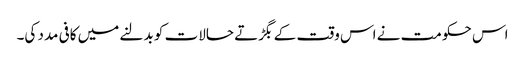
اس حکومت نے اس وقت کے بگڑتے حالات کو بدلنے میں کافی مدد کی۔